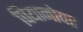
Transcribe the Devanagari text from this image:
पियानोवर